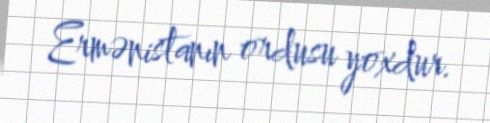
Ermənistanın ordusu yoxdur.